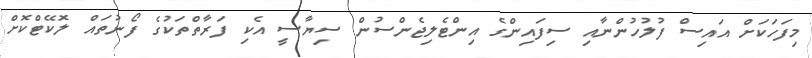
މިފަހަކަށް އައިސް ފުލުުހުންނާއި ސިފައިންގެ އިންޓެލިޖެންސުން ސިޔާސީ އެކި ފަރާތްތަކުގެ ފޯނުތައް ލޮކޭޓްކޮށް